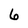
Character: 6